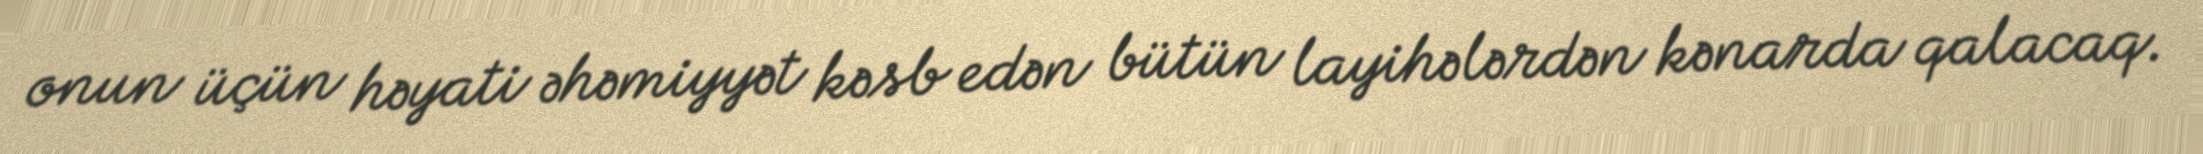
onun üçün həyati əhəmiyyət kəsb edən bütün layihələrdən kənarda qalacaq.